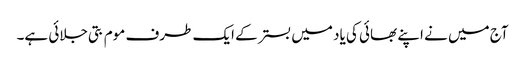
آج میں نے اپنے بھائی کی یاد میں بستر کے ایک طرف موم بتی جلائی ہے۔